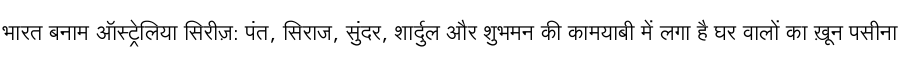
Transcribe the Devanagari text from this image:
भारत बनाम ऑस्ट्रेलिया सिरीज़: पंत, सिराज, सुंदर, शार्दुल और शुभमन की कामयाबी में लगा है घर वालों का ख़ून पसीना